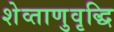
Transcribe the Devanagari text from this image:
शेव्ताणुवृद्धि